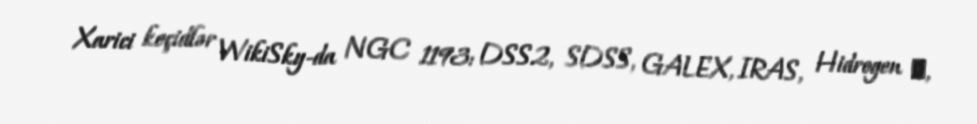
Xarici keçidlər WikiSky-da NGC 1193: DSS2, SDSS, GALEX, IRAS, Hidrogen α,